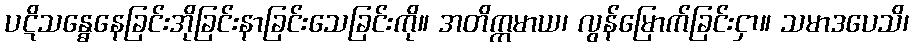
ပဋိသန္ဓေနေခြင်းအိုခြင်းနာခြင်းသေခြင်းကို။ အတိက္ကမာယ၊ လွန်မြောက်ခြင်းငှာ။ သမာဒပေသိ၊